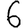
Digit: 6